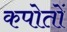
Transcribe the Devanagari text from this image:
कपोतों